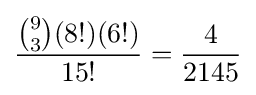
{\frac {{\binom {9}{3}}(8!)(6!)}{15!}}={\frac {4}{2145}}